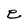
Character: e